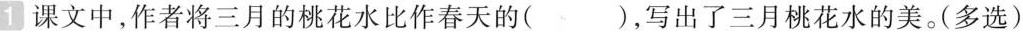
课文中，作者将三月的桃花水比作春天的( )，写出了三月桃花水的美。(多选)